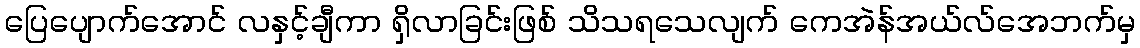
ပြေပျောက်အောင် လနှင့်ချီကာ ရှိလာခြင်းဖြစ် သိသရသေလျက် ကေအဲန်အယ်လ်အေဘက်မှ